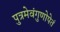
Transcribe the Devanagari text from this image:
पुत्रमेवंगुणोपेतं